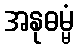
အနုဓမ္မံ